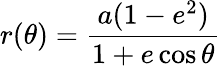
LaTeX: r(\theta)={\frac{a(1-e^{2})}{1+e\cos\theta}}